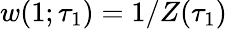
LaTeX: w(1;\tau_{1})=1/Z(\tau_{1})